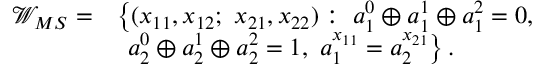
\begin{array} { r l } { \mathcal { W } _ { M S } = } & { \left\{ ( x _ { 1 1 } , x _ { 1 2 } ; ~ x _ { 2 1 } , x _ { 2 2 } ) : ~ a _ { 1 } ^ { 0 } \oplus a _ { 1 } ^ { 1 } \oplus a _ { 1 } ^ { 2 } = 0 , \right. } \\ & { ~ \left. a _ { 2 } ^ { 0 } \oplus a _ { 2 } ^ { 1 } \oplus a _ { 2 } ^ { 2 } = 1 , ~ a _ { 1 } ^ { x _ { 1 1 } } = a _ { 2 } ^ { x _ { 2 1 } } \right\} . } \end{array}